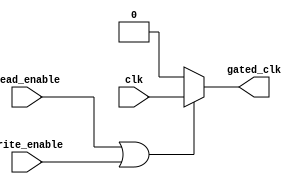
module clock_gating_control (
    input wire clk,               // Main clock input
    input wire read_enable,       // Control signal for read operation
    input wire write_enable,      // Control signal for write operation
    output wire gated_clk         // Gated clock output
);

    // Enable signal generation based on read and write enables
    wire enable;
    assign enable = read_enable | write_enable; // Enable clock when reading or writing

    // Clock gating cell
    assign gated_clk = enable ? clk : 1'b0; // Gated clock output

endmodule